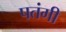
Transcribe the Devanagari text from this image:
पतंगी